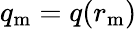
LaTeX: q_{\mathrm{m}}=q(r_{\mathrm{m}})